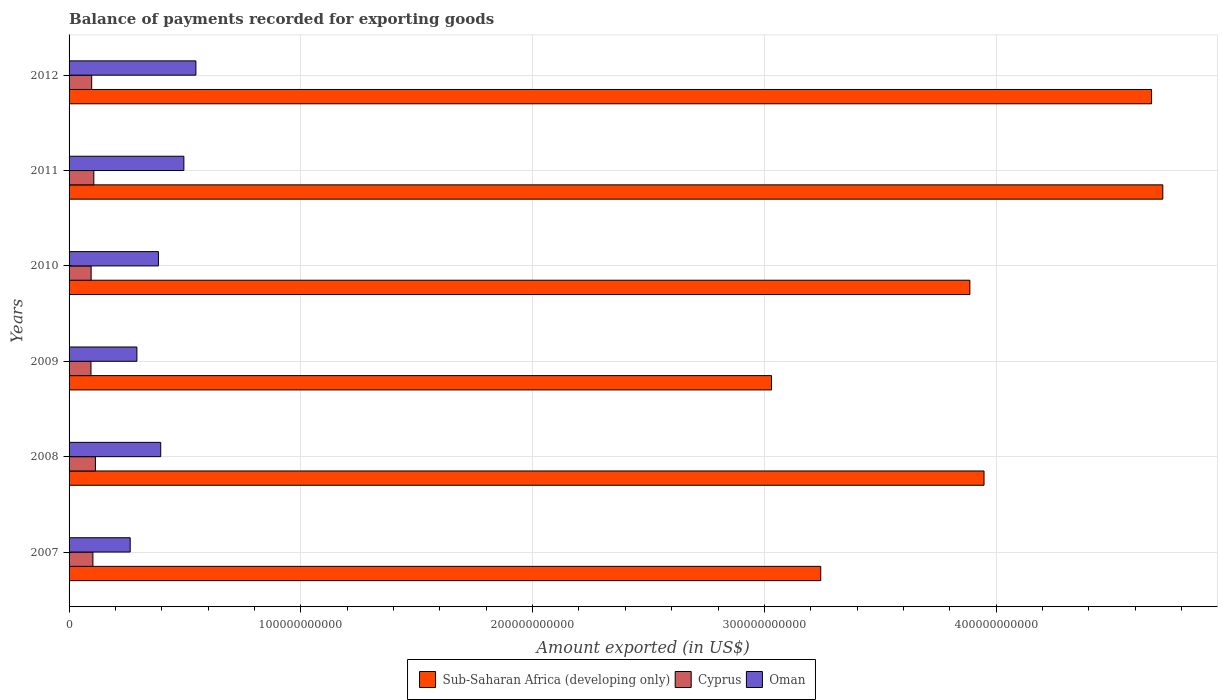
| Years | Sub-Saharan Africa (developing only) | Cyprus | Oman |
 | --- | --- | --- | --- |
 | 2007 | 3.24e+11 | 1.03e+10 | 2.64e+10 |
 | 2008 | 3.95e+11 | 1.14e+10 | 3.95e+10 |
 | 2009 | 3.03e+11 | 9.46e+09 | 2.93e+10 |
 | 2010 | 3.89e+11 | 9.52e+09 | 3.86e+10 |
 | 2011 | 4.72e+11 | 1.07e+10 | 4.95e+10 |
 | 2012 | 4.67e+11 | 9.76e+09 | 5.47e+10 |